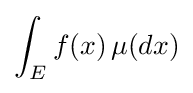
\int _{E}f(x)\,\mu (dx)